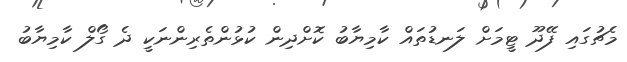
މެޗުގައި ފޭދޫ ޓީމަށް ލަނޑުތައް ކާމިޔާބު ކޮށްދިން ކުޅުންތެރިންނަކީ ދެ ގޯލް ކާމިޔާބު